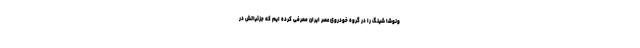
ونوشا شینگ را در گروه خودروی عصر ایران معرفی کرده ایم که جزئیاتش در